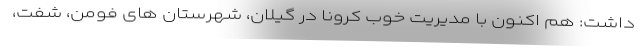
داشت: هم اکنون با مدیریت خوب کرونا در گیلان، شهرستان های فومن، شفت،